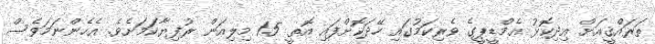
ތަރައްޤީއަށް އިދިކޮޅު އެމްޑީޕީގެ ވެރިކަމުގައި ހޭދަކޮށްފައި އޮތީ 1.5 މިލިއަން ރުފިޔާކަމަށެވެ. އެހެންނަމަވެސް